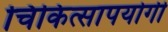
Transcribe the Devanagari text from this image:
चिकित्सापयोगी